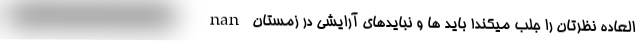
العاده نظرتان را جلب میکند! باید ها و نبایدهای آرایشی در زمستان nan